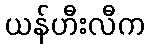
ယန်ဟီးလီက